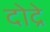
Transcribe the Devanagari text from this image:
दोद्रे